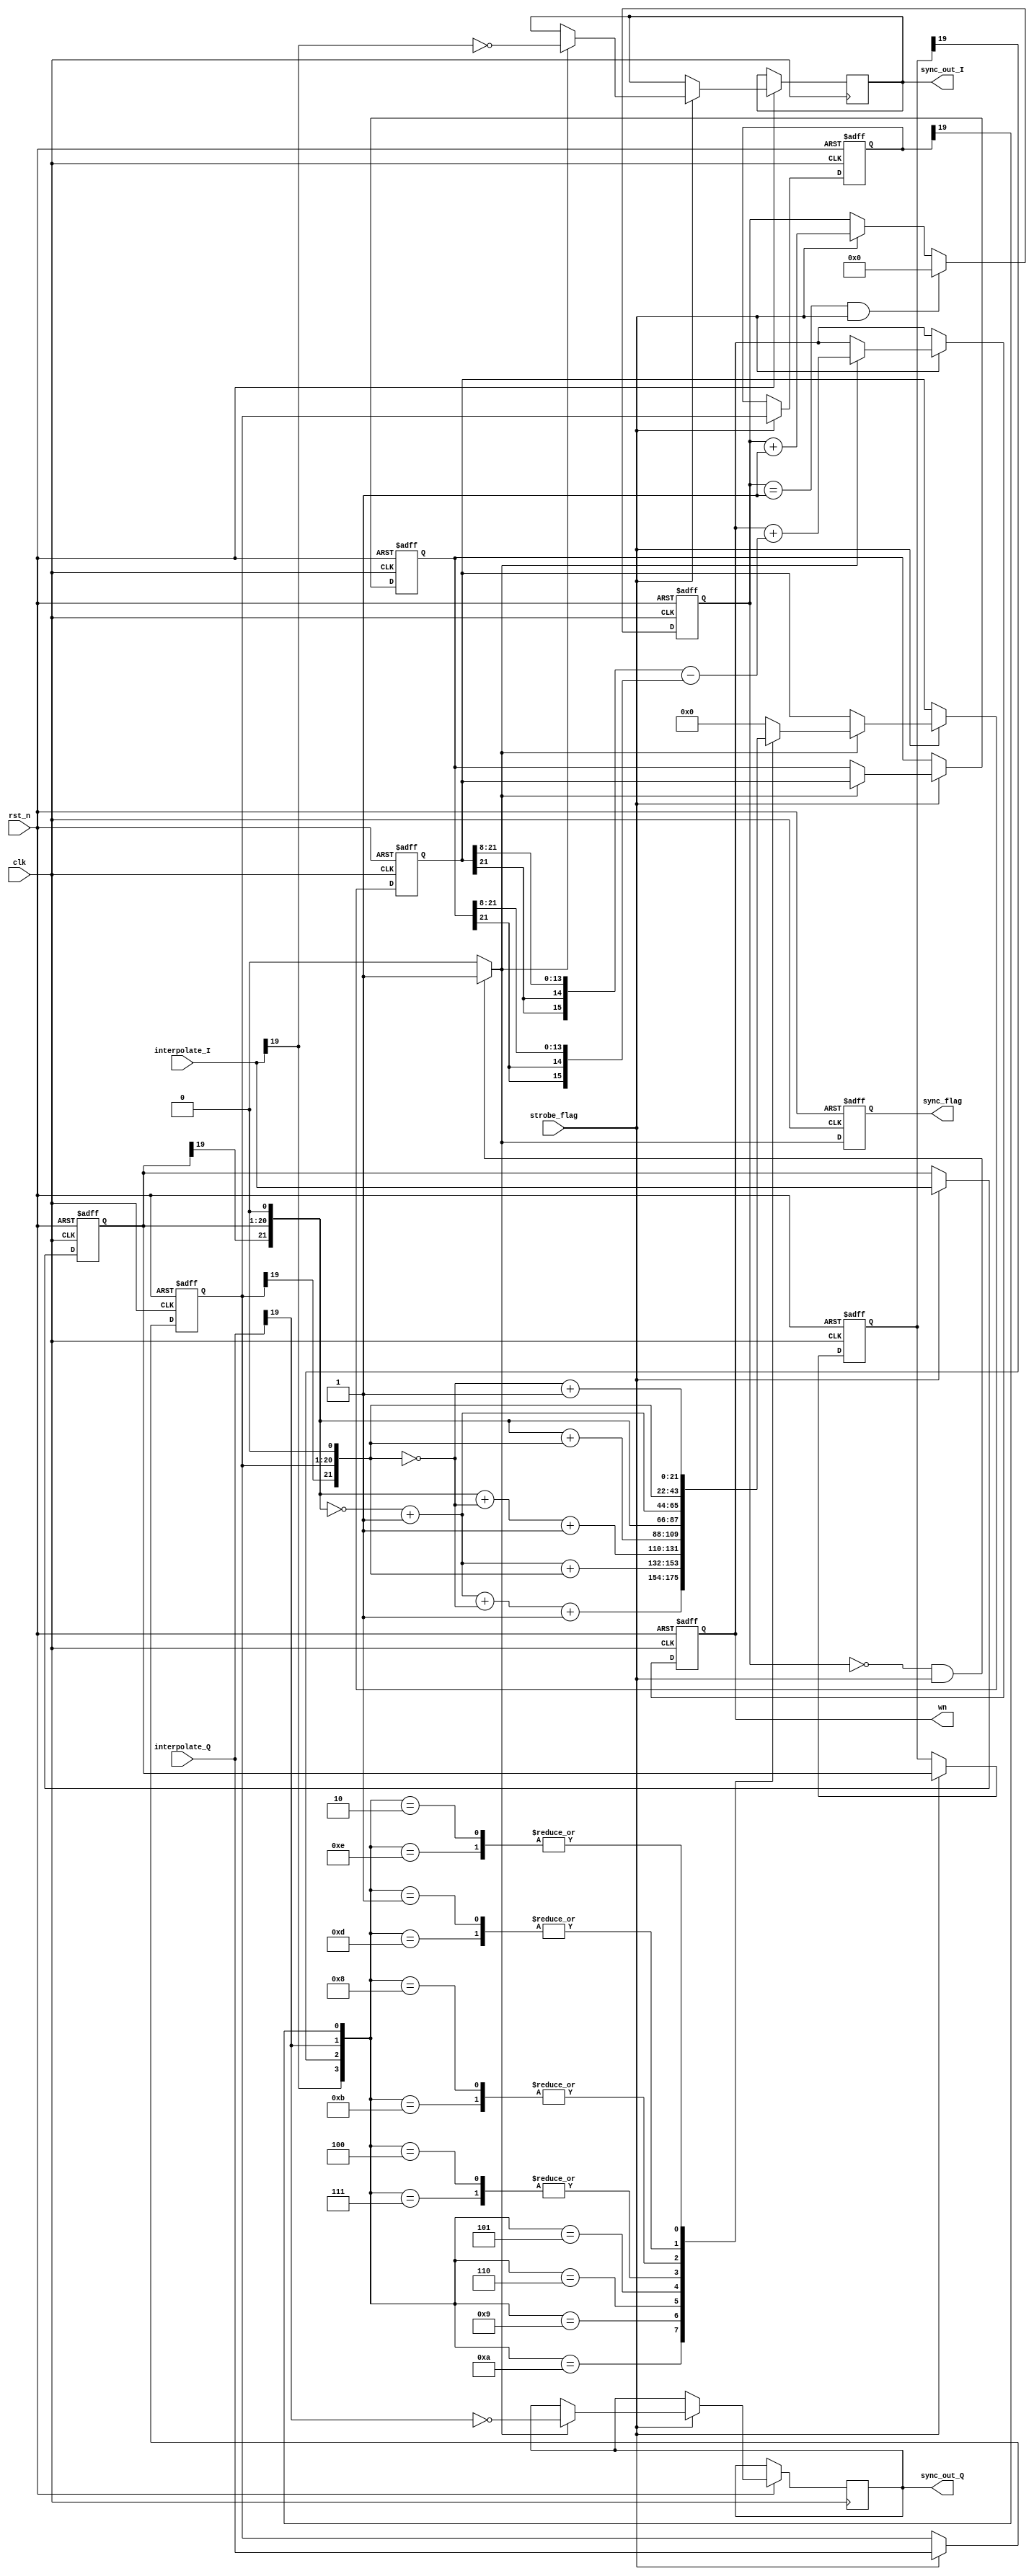
//gardner,
//
module gardner_ted
(
    input wire          clk             ,  //500kHz
    input wire          rst_n           ,
    input wire          strobe_flag     ,  //
    input wire [19:0]   interpolate_I   ,  //I
    input wire [19:0]   interpolate_Q   ,  //Q
    
    output reg          sync_out_I      ,  //I
    output reg          sync_out_Q      ,  //Q
    output reg          sync_flag       ,  //,
    output reg [15:0]   wn                 //
);

    reg [21:0]  error               ; //gardner
    //
    reg [21:0]  error_d1            ;
    
    //strobe_flag
    reg [7:0]   strobe_cnt          ;
    
    
    //
    reg [19:0]  interpolate_I_d1    ;  
    reg [19:0]  interpolate_I_d2    ;   
    reg [19:0]  interpolate_Q_d1    ;
    reg [19:0]  interpolate_Q_d2    ;

    wire        samp_flag           ;
    
    //sync_flagsamp_flag,sync_flag
    //sync_flag
    always @ (posedge clk or negedge rst_n) begin
        if(rst_n == 1'b0) begin
            sync_flag <= 1'b0;
        end else begin
            sync_flag <= samp_flag;
        end
    end

    
    
    //
    //NCOstrobe_flag
    //strobe_cnt == 0strobe_flag
    assign samp_flag = ((strobe_cnt == 0) && strobe_flag)?1'b1: 1'b0;
    
    
    //strobe_flagncostrobe_flag
    //strobe_cnt01
    always @ (posedge clk or negedge rst_n) begin
        if(rst_n == 1'b0) begin
            strobe_cnt <= 8'd0;
        end else if((strobe_cnt == 1) && strobe_flag) begin
            strobe_cnt <= 8'd0;
        end else if(strobe_flag) begin
            strobe_cnt <= strobe_cnt + 8'd1;
        end else begin
            strobe_cnt <= strobe_cnt;
        end
    end
    

    //
    //Gardner
    //
    //
    always @ (posedge clk or negedge rst_n) begin
        if(rst_n == 1'b0) begin
            interpolate_I_d1 <= 20'b0;
            interpolate_I_d2 <= 20'b0;
            interpolate_Q_d1 <= 20'b0;
            interpolate_Q_d2 <= 20'b0;
            
            //w(n)1/100
            //100I\Q(200, IQ200),()
            wn <= 16'b0000_0001_0100_0111;  
            error <= 22'b0;
            error_d1 <= 22'b0;

        end else if(strobe_flag) begin
            //
            //
            interpolate_I_d1 <= interpolate_I;
            interpolate_I_d2 <= interpolate_I_d1;

            interpolate_Q_d1 <= interpolate_Q;
            interpolate_Q_d2 <= interpolate_Q_d1;
            
            if(samp_flag) begin
            //
            //
            //t(k)=I(k-1/2)[I(k)I(k1)]
            //*2*(-2)
                case({interpolate_I[19],interpolate_I_d2[19],interpolate_Q[19],interpolate_Q_d2[19]})
                    4'b1010:begin
                        //IQ[I(k)I(k1)] < 0 ,*(-2)error
                        //
                        error <= ~({interpolate_I_d1[19],interpolate_I_d1[19:0],1'b0})+20'b1 + ~({interpolate_Q_d1[19],interpolate_Q_d1[19:0],1'b0})+20'b1;
                    end
                    4'b1001:begin
                        //I[I(k)I(k1)]<0,Q[I(k)I(k1)]>0,
                        //I*(-2),Q*2
                        error <= ~({interpolate_I_d1[19],interpolate_I_d1[19:0],1'b0})+20'b1 + {interpolate_Q_d1[19],interpolate_Q_d1[19:0],1'b0};
                    end
                    4'b0110: begin
                        //I[I(k)I(k1)]>0,Q[I(k)I(k1)]<0,
                        //I*2,Q*(-2)
                        error <= {interpolate_I_d1[19],interpolate_I_d1[19:0],1'b0} + ~({interpolate_Q_d1[19],interpolate_Q_d1[19:0],1'b0})+20'b1;
                    end
                    4'b0101:begin
                        //I[I(k)I(k1)]>0,Q[I(k)I(k1)]>0,
                        //I*2,Q*2 
                        error <= {interpolate_I_d1[19],interpolate_I_d1[19:0],1'b0} + {interpolate_Q_d1[19],interpolate_Q_d1[19:0],1'b0};                   
                    end
                    4'b0100,4'b0111:begin
                        //I[I(k)I(k1)]>0,Q[I(k)I(k1)]=0
                        //I*2
                        error <= {interpolate_I_d1[19],interpolate_I_d1[19:0],1'b0};
                    end
                    4'b1000,4'b1011:begin
                        //I[I(k)I(k1)]<0,Q[I(k)I(k1)]=0
                        //I*(-2)
                        error <= ~({interpolate_I_d1[19],interpolate_I_d1[19:0],1'b0})+20'b1;
                    end
                    4'b0001,4'b1101:begin
                        //I[I(k)I(k1)]=0,Q[I(k)I(k1)]>0
                        //Q*2
                        error <= {interpolate_Q_d1[19],interpolate_Q_d1[19:0],1'b0};                        
                    end
                    4'b0010,4'b1110:begin
                        //I[I(k)I(k1)]=0,Q[I(k)I(k1)]<0
                        //Q*(-2)
                        error <= ~({interpolate_Q_d1[19],interpolate_Q_d1[19:0],1'b0})+20'b1;
                    end
                    default: begin
                        error <= 22'b0;
                    end
                endcase
            //,0,
                sync_out_I <= ~interpolate_I[19];
                sync_out_Q <= ~interpolate_Q[19];
            //error
                error_d1 <= error;
                
            //
            //w(ms+1)=w(ms)+c1*(err(ms)-err(ms-1))+c2*err(ms), c1 = 2^(-8) c20
                wn = wn + ({{2{error[21]}},error[21:8]}-{{2{error_d1[21]}},error_d1[21:8]});
            end
            
        end else begin
            //
            interpolate_I_d1 <= interpolate_I_d1;
            interpolate_I_d2 <= interpolate_I_d2;
            interpolate_Q_d1 <= interpolate_Q_d1;
            interpolate_Q_d2 <= interpolate_Q_d2;
        end
    end
    
    


endmodule